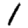
Digit: 1